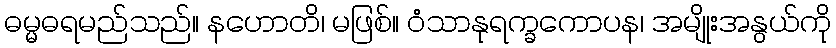
ဓမ္မဓရမည်သည်။ နဟောတိ၊ မဖြစ်။ ဝံသာနုရက္ခကောပန၊ အမျိုးအနွယ်ကို